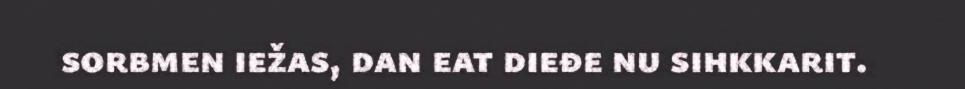
sorbmen iežas, dan eat dieđe nu sihkkarit.